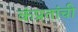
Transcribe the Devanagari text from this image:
कंप्रतांची